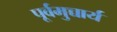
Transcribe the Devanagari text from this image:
पूर्वमुच्चार्य